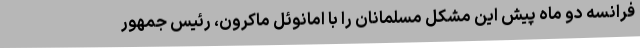
فرانسه دو ماه پیش این مشکل مسلمانان را با امانوئل ماکرون، رئیس جمهور